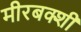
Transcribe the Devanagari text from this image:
मीरबक्शी